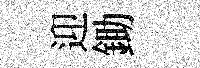
迎鋤